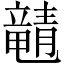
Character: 𬺚